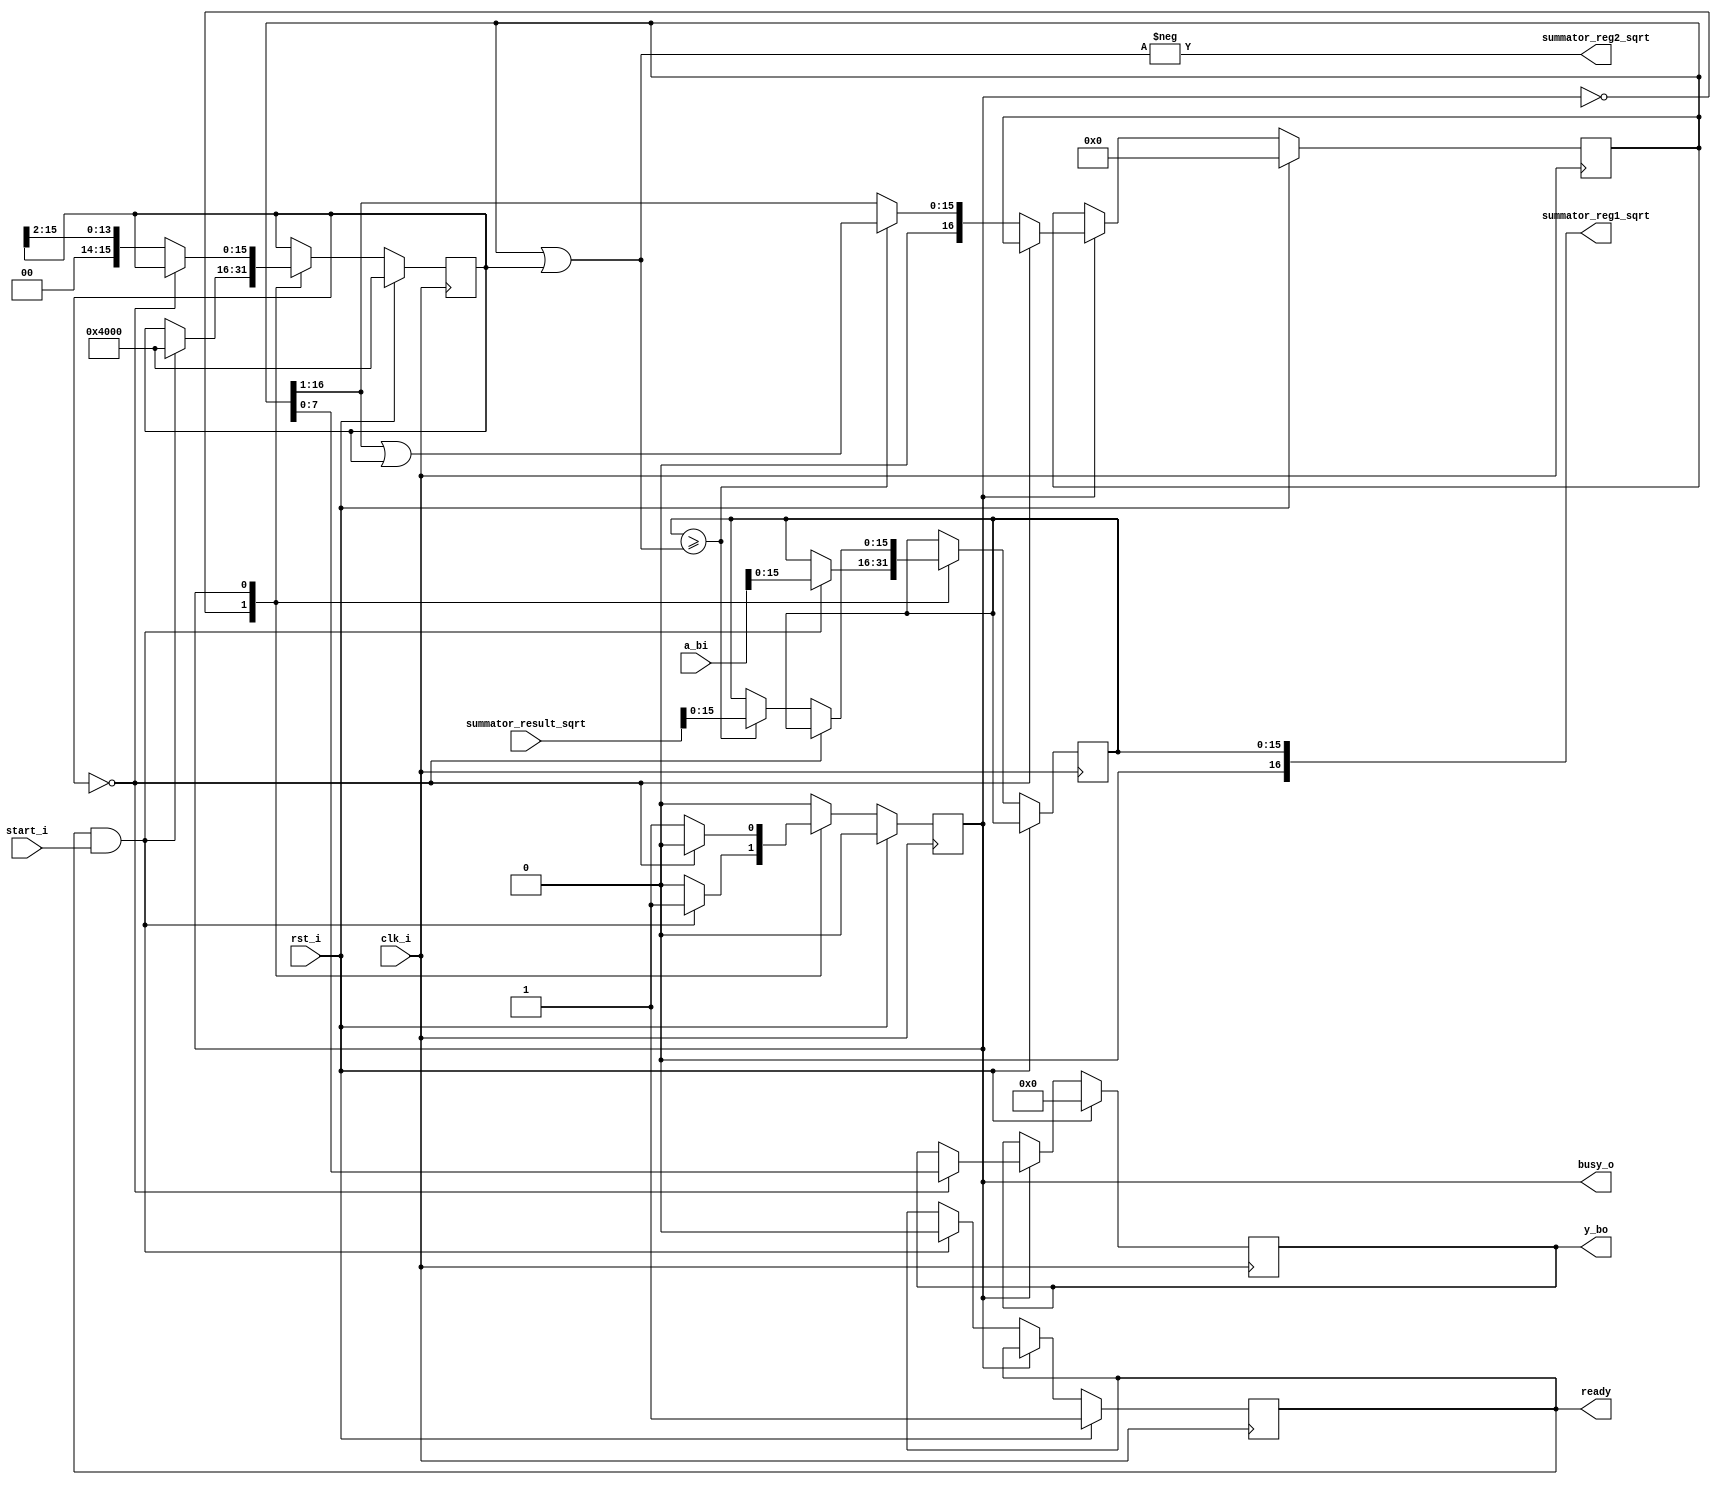
`timescale 1ns / 1ps
//////////////////////////////////////////////////////////////////////////////////
// Company: 
// Engineer: 
// 
// Design Name: 
// Module Name: multer
// Project Name: 
// Target Devices: 
// Tool Versions: 
// Description: 
// 
// Dependencies: 
// 
// Revision:
// Revision 0.01 - File Created
// Additional Comments:
// 
//////////////////////////////////////////////////////////////////////////////////

module sqrt (
    input clk_i ,
    input rst_i ,
    
    input [16:0] a_bi ,
    
    input start_i ,
    
    output wire ready,
    output busy_o ,
    output reg [7:0] y_bo,

    output wire [16:0] summator_reg1_sqrt,
    output wire [16:0] summator_reg2_sqrt,
    input wire [16:0] summator_result_sqrt
);

    localparam IDLE = 1'b0 ;
    localparam WORK = 1'b1 ;
    
    wire [2:0] end_step ;
    
    reg [15:0] a ;
    reg state ;
    reg ready_in ; 
    
    reg [15:0] m ;
    reg [16:0] y_or_m, y ;
    
    reg[16:0] y_temp, yw, mw;
    reg [16:0] aw, bw;
    
    assign busy_o = state ;
    assign end_step = (m == 0) ;
    assign ready = ready_in ;
    
    assign summator_reg1_sqrt = a;
    assign summator_reg2_sqrt = -bw;
    
    always @(posedge clk_i)
        if (rst_i) begin
            m <= 1 << 14 ;
            y_bo <= 0 ;
            y <= 0 ;
            state <= IDLE ;
            ready_in <= 1 ;
        end else begin
            case ( state )
                IDLE :
                    if (ready && start_i) begin
                        m <= 1 << 14 ;
                        state <= WORK;
                        a <= a_bi ;
                        ready_in <= 0 ;
                    end
                WORK:
                begin
                    if (end_step) begin
                        state <= IDLE ;
                        y_bo <= y ;
                    end else begin
                        y_or_m <= bw;
                        a <= aw;
                        y <= yw;
                        m <= mw;
                    end
                end
            endcase
        end
        
        always @*
            begin
                bw = y | m ;
                yw = y >> 1 ;
                if (a >= bw) begin
                    aw = summator_result_sqrt ; // (now it calculates inside the summator)
                    yw = yw | m ;
                end else begin
                    aw = a;
                end
                mw = m >> 2 ;
            end
        
endmodule